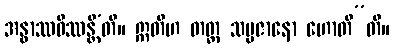
အနွာဿဝိဿန္တီ’တိ။ ဣတိဟ တတ္ထ သမ္ပဇာနော ဟောတီ”တိ။